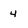
Character: 4